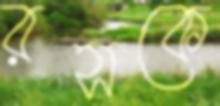
রসকে